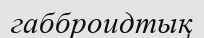
габброидтық